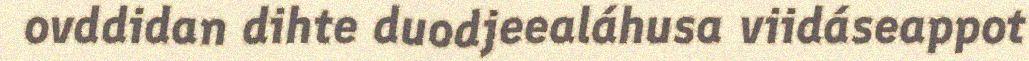
ovddidan dihte duodjeealáhusa viidáseappot